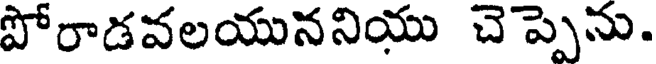
పోరాడవలయుననియు చెప్పెను.